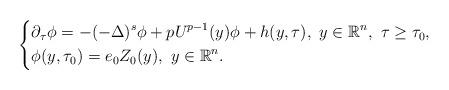
LaTeX: \begin{align*}\left\{\begin{aligned}&\partial_\tau\phi = -(-\Delta)^s\phi + pU^{p-1}(y)\phi + h(y,\tau),~ y\in \mathbb{R}^n,~ \tau\geq \tau_0,\\&\phi(y,\tau_0) = e_{0}Z_0(y),~ y\in \mathbb{R}^n.\end{aligned}\right.\end{align*}